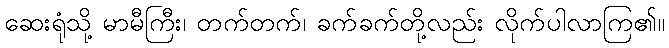
ဆေးရုံသို့ မာမီကြီး၊ တက်တက်၊ ခက်ခက်တို့လည်း လိုက်ပါလာကြ၏။